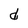
Character: d